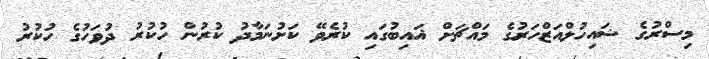
މިސްރުގެ ޝައިހުލްއަޒްހަރުގެ މައްޗަށް ޣައިބުގައި ކުރެވޭ ކަށުނަމާދު ކުރުން ހުކުރު ދުވަހުގެ ހުކުރު